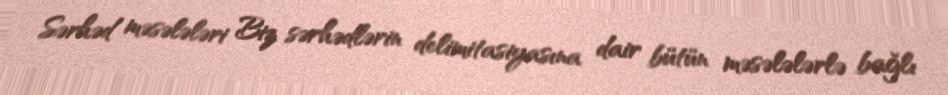
Sərhəd məsələləri Biz sərhədlərin delimitasiyasına dair bütün məsələlərlə bağlı